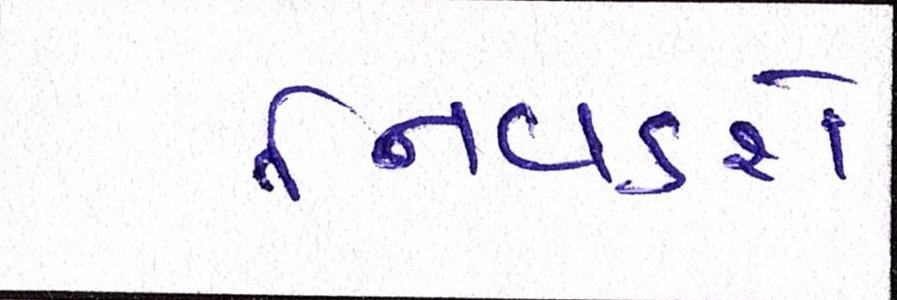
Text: નિવડશે